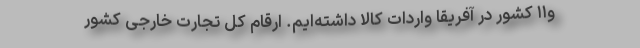
و۱۱ کشور در آفریقا واردات کالا داشته‌ایم. ارقام کل تجارت خارجی کشور